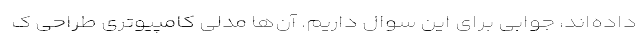
داده‌اند، جوابی برای این سوال داریم. آن‌ها مدلی کامپیوتری طراحی ک